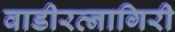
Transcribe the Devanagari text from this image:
वाडीरत्नागिरी